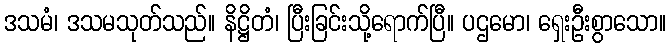
ဒသမံ၊ ဒသမသုတ်သည်။ နိဋ္ဌိတံ၊ ပြီးခြင်းသို့ရောက်ပြီ။ ပဌမော၊ ရှေးဦးစွာသော။